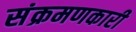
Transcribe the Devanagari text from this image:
संक्रमणकारी